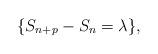
LaTeX: \begin{align*}\{S_{n+p}-S_n=\lambda \}, \end{align*}